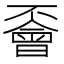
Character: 𠁞